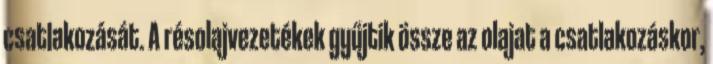
csatlakozását. A résolajvezetékek gyűjtik össze az olajat a csatlakozáskor,